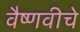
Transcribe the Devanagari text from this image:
वैष्णवीचे